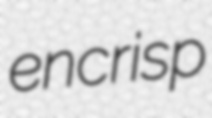
encrisp